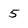
Character: 5